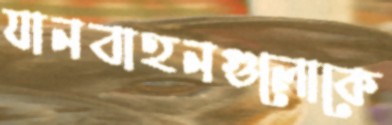
যানবাহনগুলোকে